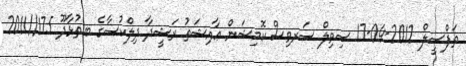
ތަފްސީލް 2012-04-17 ސިވިލް ސަރވިސް ކޮމިޝަން ޢާއިޝަތު ރަޝީދާ ދިލްކުސާގެ ބ.ތުޅާދޫ 175//2011